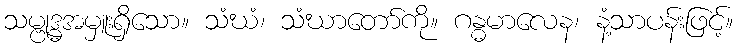
သမ္ဗုဒ္ဓအမှူးရှိသော။ သံဃံ၊ သံဃာတော်ကို။ ဂန္ဓမာလေန၊ နံ့သာပန်းဖြင့်။